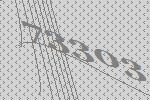
73303